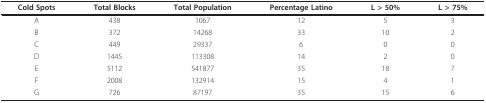
| Cold Spots | Total Blocks | Total Population | Percentage Latino | L > 50% | L > 75% |
 | --- | --- | --- | --- | --- | --- |
 | A | 438 | 1067 | 12 | 5 | 3 |
 | B | 372 | 14268 | 33 | 10 | 2 |
 | C | 449 | 29337 | 6 | 0 | 0 |
 | D | 1445 | 113308 | 14 | 2 | 0 |
 | E | 5112 | 541877 | 35 | 18 | 7 |
 | F | 2008 | 132914 | 15 | 4 | 1 |
 | G | 726 | 87197 | 35 | 15 | 6 |